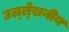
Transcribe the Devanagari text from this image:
उल्‍ल्‍ेखनीय